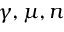
\gamma , \mu , n